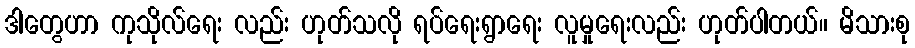
ဒါတွေဟာ ကုသိုလ်ရေး လည်း ဟုတ်သလို ရပ်ရေးရွာရေး လူမှုရေးလည်း ဟုတ်ပါတယ်။ မိသားစု